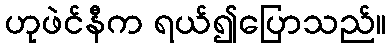
ဟုဖဲင်နီက ရယ်၍ပြောသည်။